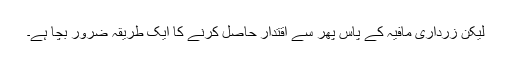
لیکن زرداری مافیہ کے پاس پھر سے اقتدار حاصل کرنے کا ایک طریقہ ضرور بچا ہے۔